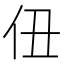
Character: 𪜫